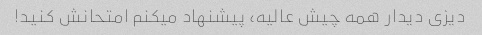
دیزی دیدار همه چیش عالیه، پیشنهاد میکنم امتحانش کنید!